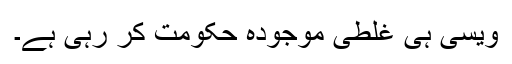
ویسی ہی غلطی موجودہ حکومت کر رہی ہے۔